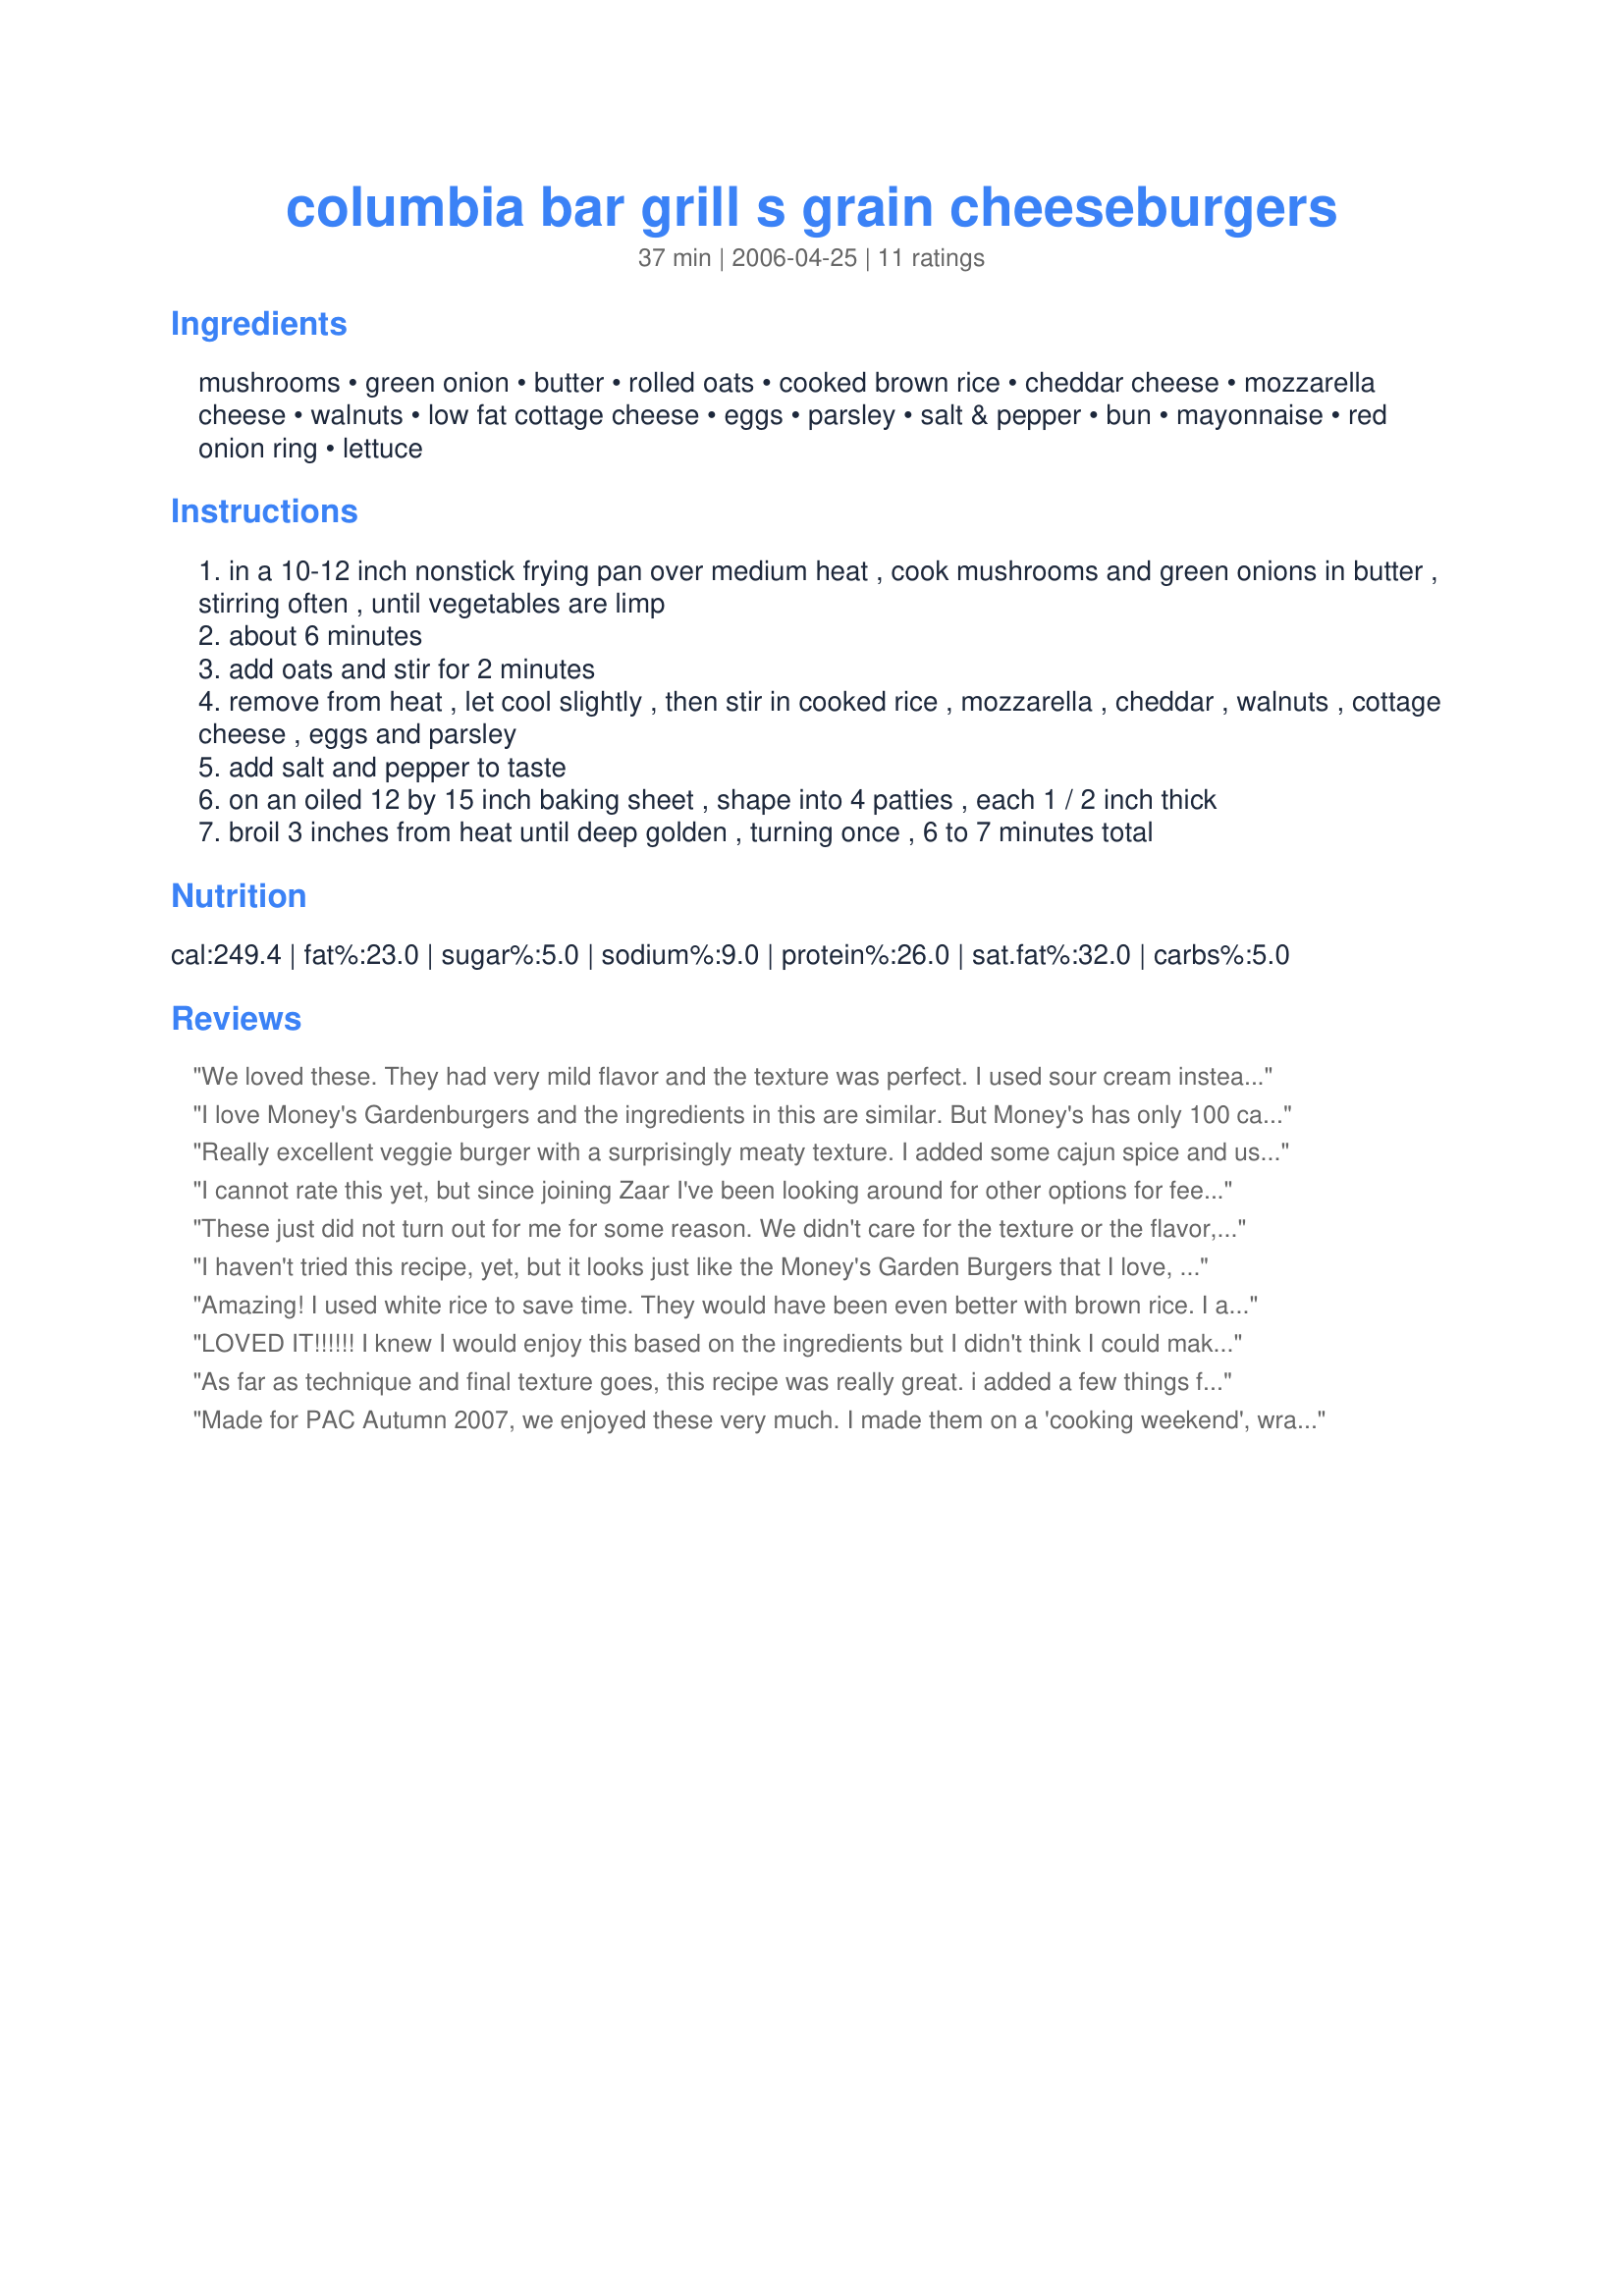
columbia bar grill s grain cheeseburgers
Preparation time: 37 minutes

Ingredients:
mushrooms, green onion, butter, rolled oats, cooked brown rice, cheddar cheese, mozzarella cheese, walnuts, low fat cottage cheese, eggs, parsley, salt & pepper, bun, mayonnaise, red onion ring, lettuce

Steps:
in a 10-12 inch nonstick frying pan over medium heat , cook mushrooms and green onions in butter , stirring often , until vegetables are limp
about 6 minutes
add oats and stir for 2 minutes
remove from heat , let cool slightly , then stir in cooked rice , mozzarella , cheddar , walnuts , cottage cheese , eggs and parsley
add salt and pepper to taste
on an oiled 12 by 15 inch baking sheet , shape into 4 patties , each 1 / 2 inch thick
broil 3 inches from heat until deep golden , turning once , 6 to 7 minutes total

Reviews:
We loved these. They had very mild flavor and the texture was perfect. I used sour cream instead of cottage cheese with no issue, as well as pecans instead of walnuts. Fabulous veggie burger.
I love Money's Gardenburgers and the ingredients in this are similar. But Money's has only 100 calories per patty and 3 grams of fat. These are way way higher. I am going to make these anyway but omit the butter and some of the cheese, and perhaps one of the eggs. I don't see why you would need 2 eggs to hold these together.
Really excellent veggie burger with a surprisingly meaty texture. I added some cajun spice and used dried parsley. Will definitely make these again.
I cannot rate this yet, but since joining Zaar I've been looking around for other options for feeding myself and my fiancee. We are the meat and potatoes kind of people and I've been trying to find ways to eat healthier. These burgers look excellent! *Update 7/3/08* I doubled the recipe and made them tonight. They were very good and this is coming from a meat eater. I couldn't quite sell DH2B on them but that means more for me!! :) The only thing I changed was to sub unsalted cashews for the walnuts because i'm allergic to them. Thanks! I'll be making this for myself again!
These just did not turn out for me for some reason. We didn't care for the texture or the flavor, most likely just because of our own personal prefference.
I haven't tried this recipe, yet, but it looks just like the Money's Garden Burgers that I love, love, love! I'm looking forward to trying it soon.
Amazing! I used white rice to save time. They would have been even better with brown rice. I also had to substitue one small yellow onion (grated) for the green onion. These are way better than anything you can buy at the grocery store. They froze really well too.
LOVED IT!!!!!! I knew I would enjoy this based on the ingredients but I didn't think I could make them come out right with my tricky broiler. I forced myself to pay attention and I was rewarded with 4 delicious burgers better than any I've had in a restaurant or from a box!!! Thanks B's!!!!!!
As far as technique and final texture goes, this recipe was really great. i added a few things for flavor (garlic, cajun seasoning, worchestireshire sauce--could have used liquid smoke to keep it veg) and think i would try a few other things in the future (bbq sauce for sure). one big change was i used cooked quinoa instead of brown rice b/c i had some on hand and it worked great! looking forward to trying it again because i only made a single batch just in case it didn't work out.
Made for PAC Autumn 2007, we enjoyed these very much. I made them on a 'cooking weekend', wrapped them separately and froze them, and took them out later for a light supper, worked perfectly. Good texture and lots of flavour, I found them very satisfying and will be making them again. Thanks, Bumbling B's!!
These were outrageously good!! If you like veggie burgers you MUST try these. I have made these a couple of times (right after eating one, I immed. made a second batch!). The first time I forgot the nuts but they are good both ways. My daughter and husband don't like mushrooms, but they really enjoyed these hearty burgers. The eggs give them a marvelous texture. Also, I used quick oats once and reg. rolled the second and couldn't tell a difference. These microwave great, even a few days later. Thank you, Bumbling B's, for posting one of my favorite ZAAR finds!

Roxygirl
